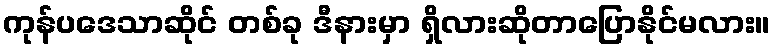
ကုန်ပဒေသာဆိုင် တစ်ခု ဒီနားမှာ ရှိလားဆိုတာပြောနိုင်မလား။